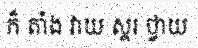
ក៏ តាំង វាយ ស្គរ ថ្វាយ